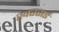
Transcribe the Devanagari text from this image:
खरसई